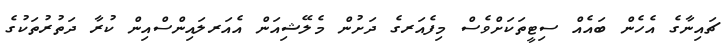
ޗައިނާގެ އެހެން ބައެއް ސިޓީތަކަށްވެސް މިފެއަރގެ ދަށުން މެލޭޝިއަން އެއަރލައިންސްއިން ކުރާ ދަތުރުތަކުގެ